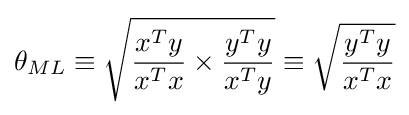
\theta _{ML}\equiv {\sqrt {{\frac {x^{T}y}{x^{T}x}}\times {\frac {y^{T}y}{x^{T}y}}}}\equiv {\sqrt {\frac {y^{T}y}{x^{T}x}}}